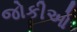
જોકીઓ